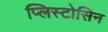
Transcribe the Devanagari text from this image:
प्लिस्टोसिन